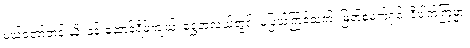
မယ်တော်ဘုန်းယှိ၊ နန်းဆောင်ရိပ်ကျယ်၊ ရွှေဘုံလယ်တွင်၊ မပြယ်ကြင်သက်၊ မြတ်စုံမက်ရှင့်၊ ဝိပါက်ကြမ္မာ၊